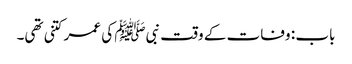
باب : وفات کے وقت نبیﷺ کی عمر کتنی تھی۔